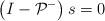
LaTeX: \begin{align*}\left(I-\mathcal{P}^-\right) s=0 \end{align*}